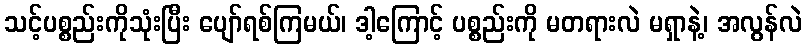
သင့်ပစ္စည်းကိုသုံးပြီး ပျော်ရစ်ကြမယ်၊ ဒါ့ကြောင့် ပစ္စည်းကို မတရားလဲ မရှာနဲ့၊ အလွန်လဲ